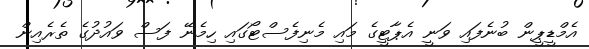
އެމްޑީޕީން ބުނެފައި ވަނީ އެޕާޓީގެ މައި މެނިފެސްޓޯގައި ހިމެނޭ ފަސް ވައުދުގެ ތެރެއިން